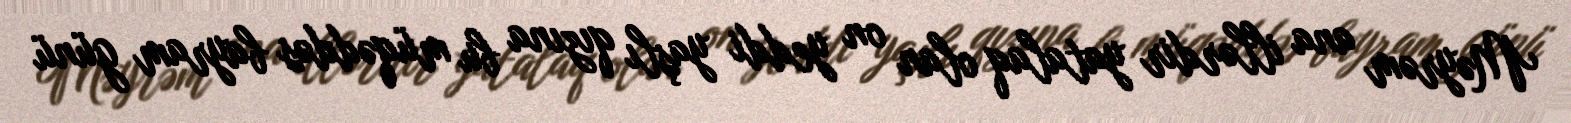
Məyrəm ana illərdir yatalaq olan on yeddi yaşlı qızına bu müqəddəs bayram günü